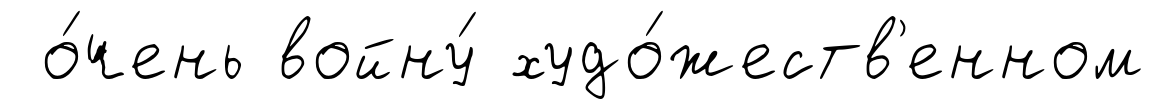
о́чень войну́ худо́жеств'енном